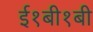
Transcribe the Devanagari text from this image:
ई१बी१बी